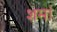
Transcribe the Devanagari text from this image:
शमां